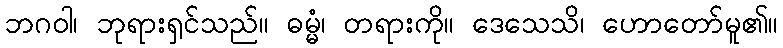
ဘဂဝါ၊ ဘုရားရှင်သည်။ ဓမ္မံ၊ တရားကို။ ဒေသေသိ၊ ဟောတော်မူ၏။